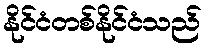
နိုင်ငံတစ်နိုင်ငံသည်